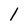
Character: 1